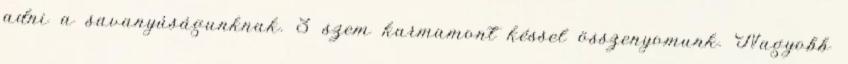
adni a savanyúságunknak. 3 szem karmamont késsel összenyomunk. Nagyobb